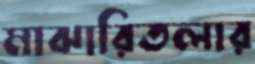
মাঝারিতলার